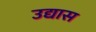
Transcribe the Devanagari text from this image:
उद्यास